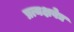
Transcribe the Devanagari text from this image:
प्रत्यक्षवेद्य